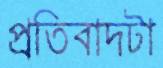
প্রতিবাদটা